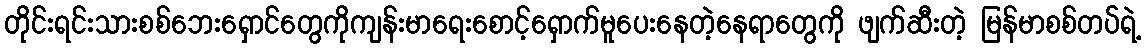
တိုင်းရင်းသားစစ်ဘေးရှောင်တွေကိုကျန်းမာရေးစောင့်ရှောက်မူပေးနေတဲ့နေရာတွေကို ဖျက်ဆီးတဲ့ မြန်မာစစ်တပ်ရဲ့